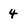
Character: 4